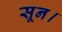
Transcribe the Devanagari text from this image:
सून।